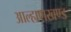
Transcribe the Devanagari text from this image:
आल्हाणखण्ड